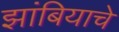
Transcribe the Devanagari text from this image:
झांबियाचे